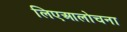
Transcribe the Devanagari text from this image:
लिएआलोचना